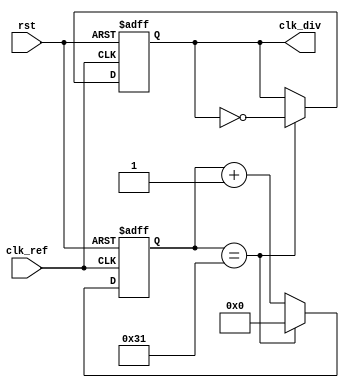
`timescale 1ns / 1ps

module freq_div_100(
    input       clk_ref,                            //input clk_ref,rst 
    input       rst,
    output  reg clk_div                             //reg  output clk_div 
    );
    
    reg [5:0] count;                                //reg  6bit count 
    
    always @ (posedge clk_ref or posedge rst)       //clk_ref  edge , rst  edge     
    begin
        if(rst)                                     //rst 1    
        begin
            count   <= 6'd0;                        //count 0 
            clk_div <= 1'd0;                        //clk_div 0 
        end
        else                                        //rst 0    
        begin
            if(count == 6'd49)                      //count 49 
            begin
                count   <= 6'd0;                    //count = 0
                clk_div <= ~clk_div;                //clk_div 
            end
            else                                    //count 49  
            begin
                count <= count + 1'b1;              //count +1
            end
        end
    end
   
endmodule